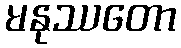
မနုဿတော